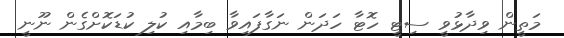
މަތީން ވިދާޅުވީ ސިޓީ ހޮޓާ ހަދަން ނަގާފައިވާ ބިމާއި ކުލި ކުޑަކޮށްގެން ނޫނީ